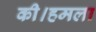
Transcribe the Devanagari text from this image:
की।हमला